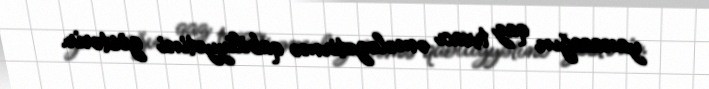
yanacağın qaz tıxacı əmələgətirmə qabiliyyətini göstərir.